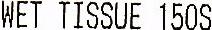
WET TISSUE 150S